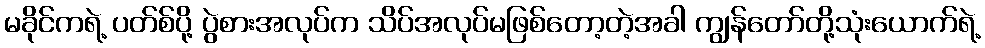
မခိုင်ကရဲ့ ပတ်စ်ပို့ ပွဲစားအလုပ်က သိပ်အလုပ်မဖြစ်တော့တဲ့အခါ ကျွန်တော်တို့သုံးယောက်ရဲ့